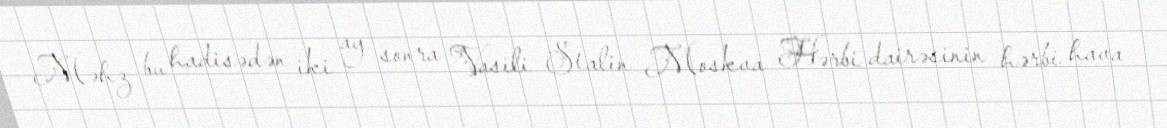
Məhz bu hadisədən iki ay sonra Vasili Stalin Moskva Hərbi dairəsinin hərbi hava